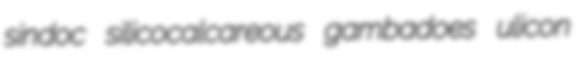
sindoc silicocalcareous gambadoes ulicon